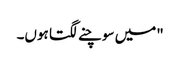
"میں سوچنے لگتا ہوں۔